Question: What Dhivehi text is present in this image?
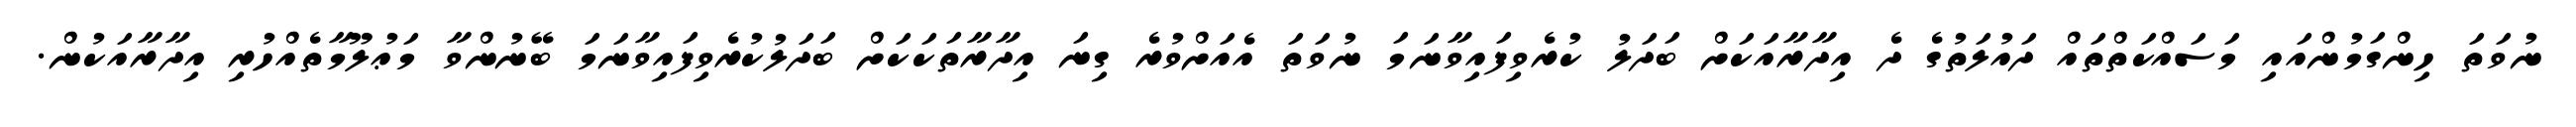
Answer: ނުވަތަ ހިންގަމުންއައި މަސައްކަތްތައް ދައުލަތުގެ ދެ އިދާރާއަކަށް ބަދަލު ކުރެވިފައިވާނަމަ ނުވަތަ އެއަށްވުރެ ގިނަ އިދާރާތަކަކަށް ބަދަލުކުރެވިފައިވާނަމަ ބޭނުންވާ މަޢުލޫމާތެއްހުރި އިދާރާއަކުން.